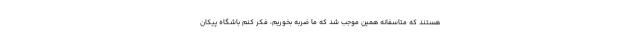
هستند که متاسفانه همین موجب شد که ما ضربه بخوریم، فکر کنم باشگاه پیکان